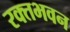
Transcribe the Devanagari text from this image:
रक्तभवन